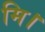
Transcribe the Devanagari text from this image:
मि।